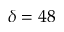
\delta = 4 8